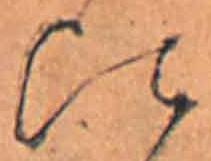
比